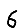
Digit: 6